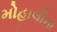
મોહાલીના